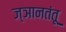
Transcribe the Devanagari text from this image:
ज्ञानतंतू